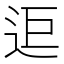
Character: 𨒑